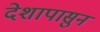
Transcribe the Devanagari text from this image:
देशापासुन